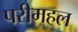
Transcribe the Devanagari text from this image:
परीमहल